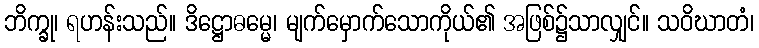
ဘိက္ခု၊ ရဟန်းသည်။ ဒိဋ္ဌောဓမ္မေ၊ မျက်မှောက်သောကိုယ်၏ အဖြစ်၌သာလျှင်။ သဝိဃာတံ၊